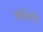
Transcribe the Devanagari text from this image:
आंग्रेंची